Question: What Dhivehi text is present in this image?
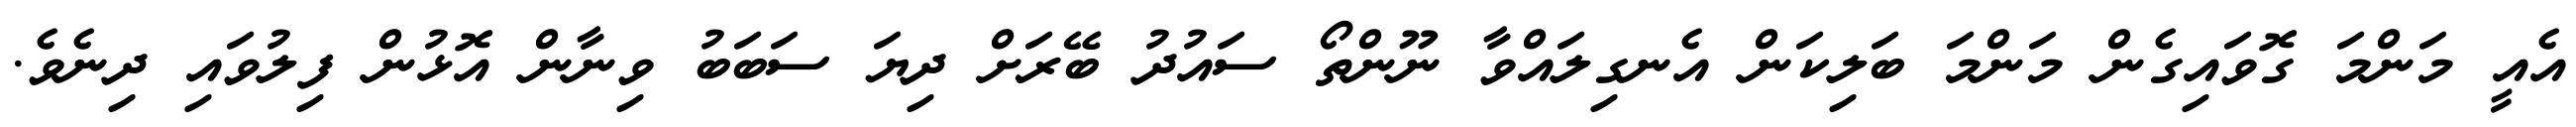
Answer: އެއީ މަންމަ ގޮވައިގެން މަންމަ ބަލިކަން އެނގިލައްވާ ނޫންތޯ ސައުދު ބޭރަށް ދިޔަ ސަބަބު ވިނާން އޮޅުން ފިލުވައި ދިނެވެ.